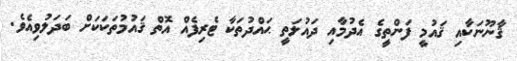
ޤާނޫނަކާއި ޤައުމީ ފަންތީގެ އެދުމާއި ދައުލަތީ ޙައްދުތަކާ ޓެރިފެއް އޮތް ޤައުމުތަކަކަށް ބަދަލުވިއެވެ.